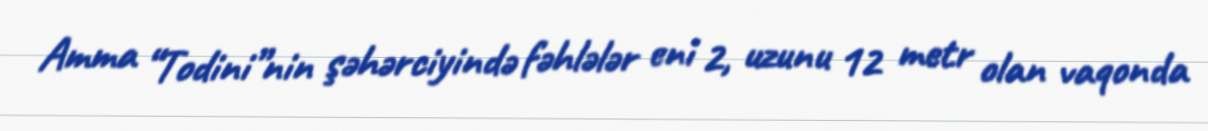
Amma “Todini”nin şəhərciyində fəhlələr eni 2, uzunu 12 metr olan vaqonda